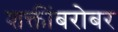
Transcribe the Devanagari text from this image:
शक्तींबरोबर